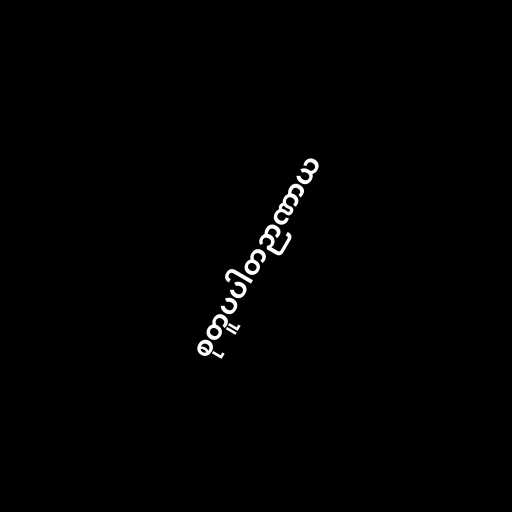
စုတူပပါတဉာဏာယ